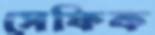
সেফিক